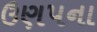
ઉણપના